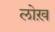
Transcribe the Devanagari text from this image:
लोख़